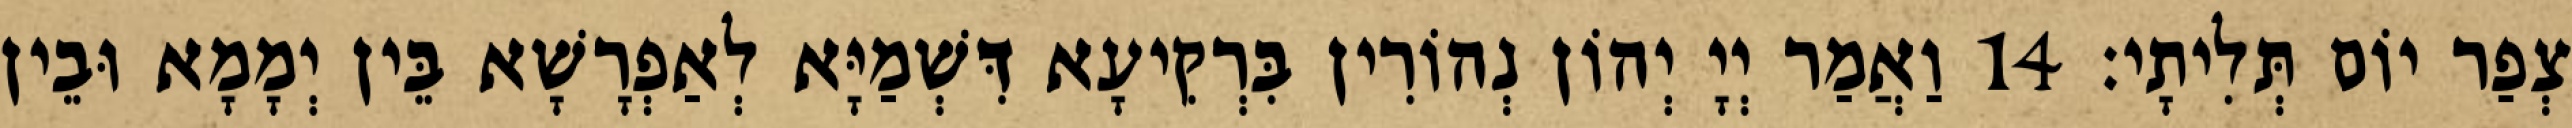
צְפַר יוֹם תְּלִיתָי׃ 14 וַאֲמַר יְיָ יְהוֹן נְהוֹרִין בִּרְקִיעָא דִּשְׁמַיָּא לְאַפְרָשָׁא בֵּין יְמָמָא וּבֵין